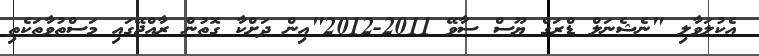
އެކުލަވާލި "ނެޝެނަލް ޑްރަގް ޔޫސް ސާވޭ 2011-2012"އިން ދަށްކާ ގޮތުން ރާއްޖޭގައި މަސްތުވާތަކެތި